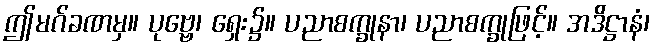
ဤမဂ်ခဏမှ။ ပုဗ္ဗေ၊ ရှေး၌။ ပညာစက္ခုနာ၊ ပညာစက္ခုဖြင့်။ အဒိဋ္ဌာနံ၊